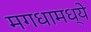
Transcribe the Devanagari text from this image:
मगधामध्ये